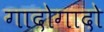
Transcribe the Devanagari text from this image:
गादोगादो